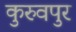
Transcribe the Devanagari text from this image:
कुरुवपुर